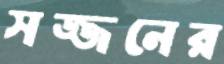
সজ্জনের